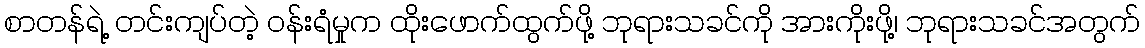
စာတန်ရဲ့ တင်းကျပ်တဲ့ ဝန်းရံမှုက ထိုးဖောက်ထွက်ဖို့ ဘုရားသခင်ကို အားကိုးဖို့၊ ဘုရားသခင်အတွက်